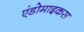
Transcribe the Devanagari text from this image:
एंडोमाइकस